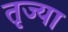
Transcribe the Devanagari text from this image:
तृज्या